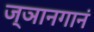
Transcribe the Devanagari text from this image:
ज्ञानगानं